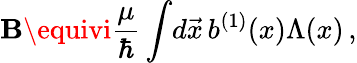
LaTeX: \mathbf{B}\equivi{\frac{{\mu}}{{\hbar}}}\int\! d\vec{{x}}\, b^{(1)}(x)\Lambda(x)\, ,